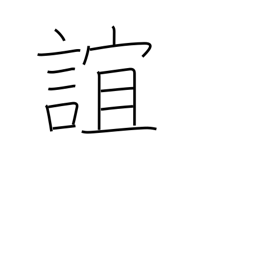
Meaning: intimacy